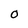
Character: O